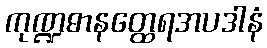
ကုဏ္ဍဓာနတ္ထေရအပဒါနံ